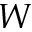
W